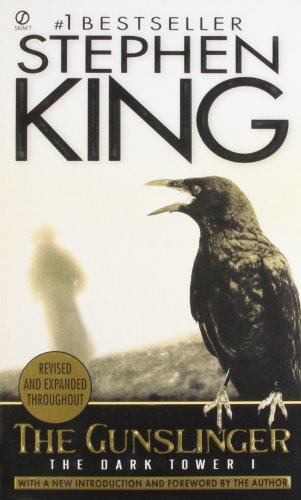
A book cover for The Gunslinger: (The Dark Tower #1)(Revised Edition); Stephen King; Science Fiction & Fantasy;